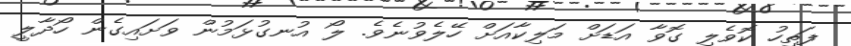
ފަތިހު ކޮވެލި ގޮވާ އަޑަށް މަލިކާއަށް ހޭލެވުނެވެ. ލޯ އުނގުޅަމުން ވަށައިގެން ހޯދާލީ